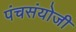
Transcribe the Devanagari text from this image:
पंचसंयोजी